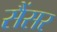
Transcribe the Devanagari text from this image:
सैंसर